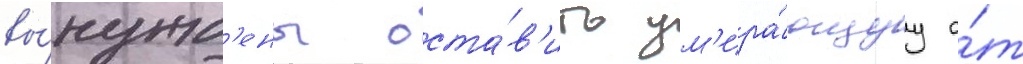
вы́нужд'ены оста́в'ить ум'ира́ющуу о́т